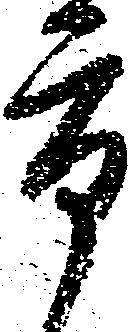
市